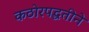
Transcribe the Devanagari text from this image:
कठोरपद्धतीने